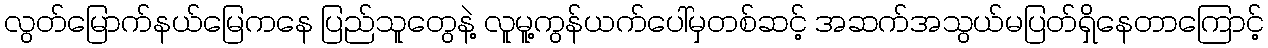
လွတ်မြောက်နယ်မြေကနေ ပြည်သူတွေနဲ့ လူမူ့ကွန်ယက်ပေါ်မှတစ်ဆင့် အဆက်အသွယ်မပြတ်ရှိနေတာကြောင့်